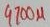
Text: 4700µ